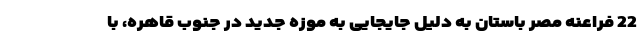
22 فراعنه مصر باستان به دلیل جایجایی به موزه جدید در جنوب قاهره، با